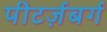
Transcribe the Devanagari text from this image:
पीटर्ज़बर्ग